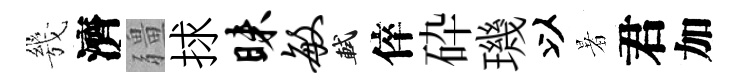
㡬濟疆捄昧敏軾倅砕璣以暑君加